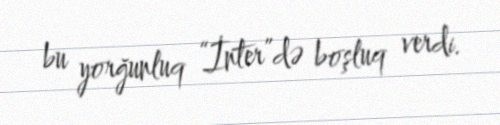
bu yorğunluq “İnter”də boşluq verdi.